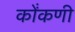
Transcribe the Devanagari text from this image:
कोंंकणी